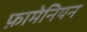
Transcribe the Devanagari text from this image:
फ़ामेनियन